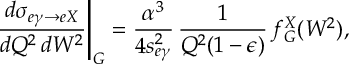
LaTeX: \left. \frac { d \sigma _ { e \gamma \to e X } } { d Q ^ { 2 } \, d W ^ { 2 } } \right| _ { G } = \frac { \alpha ^ { 3 } } { 4 s _ { e \gamma } ^ { 2 } } \, \frac { 1 } { Q ^ { 2 } ( 1 - \epsilon ) } \, f _ { G } ^ { X } ( W ^ { 2 } ) ,